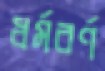
ধর্মবর্ণ